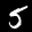
Label: 5